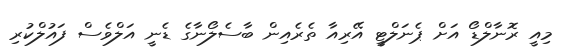
މިއީ ރޮނާލްޑޯ އަށް ޕެނަލްޓީ އޭރިއާ ތެރެއިން ބާސެލޯނާގެ ޑެނީ އަލްވެސް ފައުލްކުރި